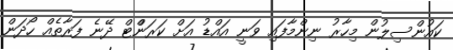
ކައުންސިލުން މިހާރު ނިންމާފައި ވަނީ އައްޑު އަށް ކަރަންްޓް ދޭނެ ފަރާތެއްް ހޯދަން